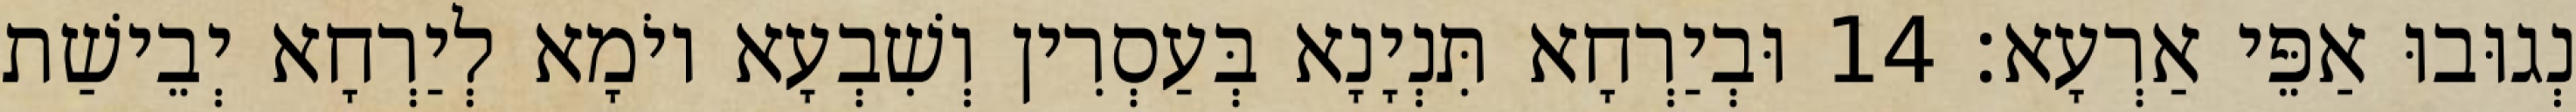
נְגוּבוּ אַפֵּי אַרְעָא׃ 14 וּבְיַרְחָא תִּנְיָנָא בְּעַסְרִין וְשִׁבְעָא יוֹמָא לְיַרְחָא יְבֵישַׁת